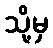
သို့မှ